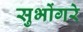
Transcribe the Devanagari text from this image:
सुभोंगरे